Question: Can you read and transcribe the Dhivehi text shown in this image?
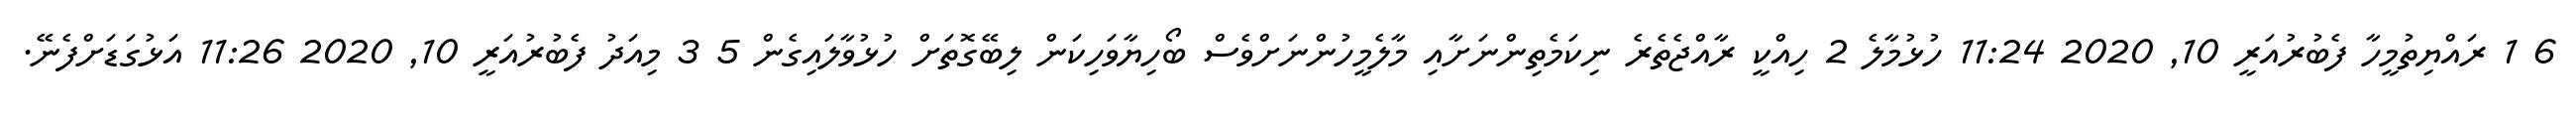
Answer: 6 1 ރައްޔިތުމީހާ ފެބުރުއަރީ 10, 2020 11:24 ހުޅުމާލެ 2 ހިއްކީ ރާއްޖެތެރެ ނިކަމެތިންނަށާއި މާލެމީހުންނަށްވެސް ބޯހިޔާވަހިކަން ލިބޭގޮތަށް ހުޅުވާލައިގެން 5 3 މިއަދު ފެބުރުއަރީ 10, 2020 11:26 އަޅުގަޑަށްފެނޭ.